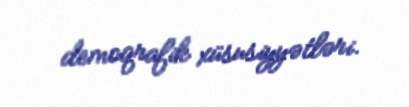
demoqrafik xüsusiyyətləri.